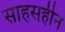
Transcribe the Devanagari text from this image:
साहसहीन